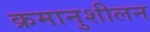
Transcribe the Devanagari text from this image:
क्रमानुशीलन